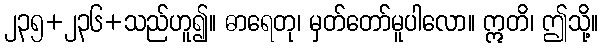
၂၃၅+၂၃၆+သည်ဟူ၍။ ဓာရေတု၊ မှတ်တော်မူပါလော။ ဣတိ၊ ဤသို့။